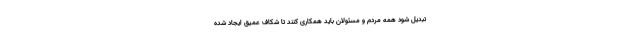
تبدیل شود همه مردم و مسئولان باید همکاری کنند تا شکاف عمیق ایجاد شده